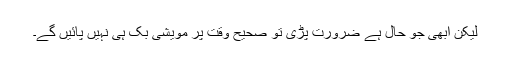
لیکن ابھی جو حال ہے ضرورت پڑی تو صحیح وقت پر مویشی بک ہی نہیں پائیں گے۔